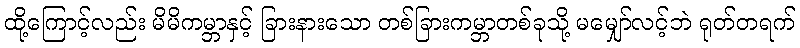
ထို့ကြောင့်လည်း မိမိကမ္ဘာနှင့် ခြားနားသော တစ်ခြားကမ္ဘာတစ်ခုသို့ မမျှော်လင့်ဘဲ ရုတ်တရက်